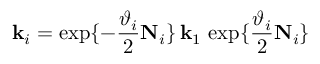
\mathbf k _ { i } = \exp \{ - \frac { \vartheta _ { i } } { 2 } \mathbf N _ { i } \} \, \mathbf k _ { 1 } \, \exp \{ \frac { \vartheta _ { i } } { 2 } \mathbf N _ { i } \}